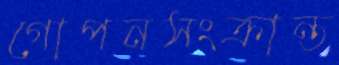
গোপনসংক্রান্ত